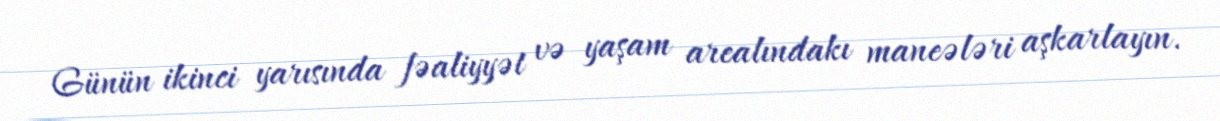
Günün ikinci yarısında fəaliyyət və yaşam arealındakı maneələri aşkarlayın.